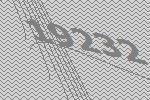
19232